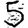
Digit: 5